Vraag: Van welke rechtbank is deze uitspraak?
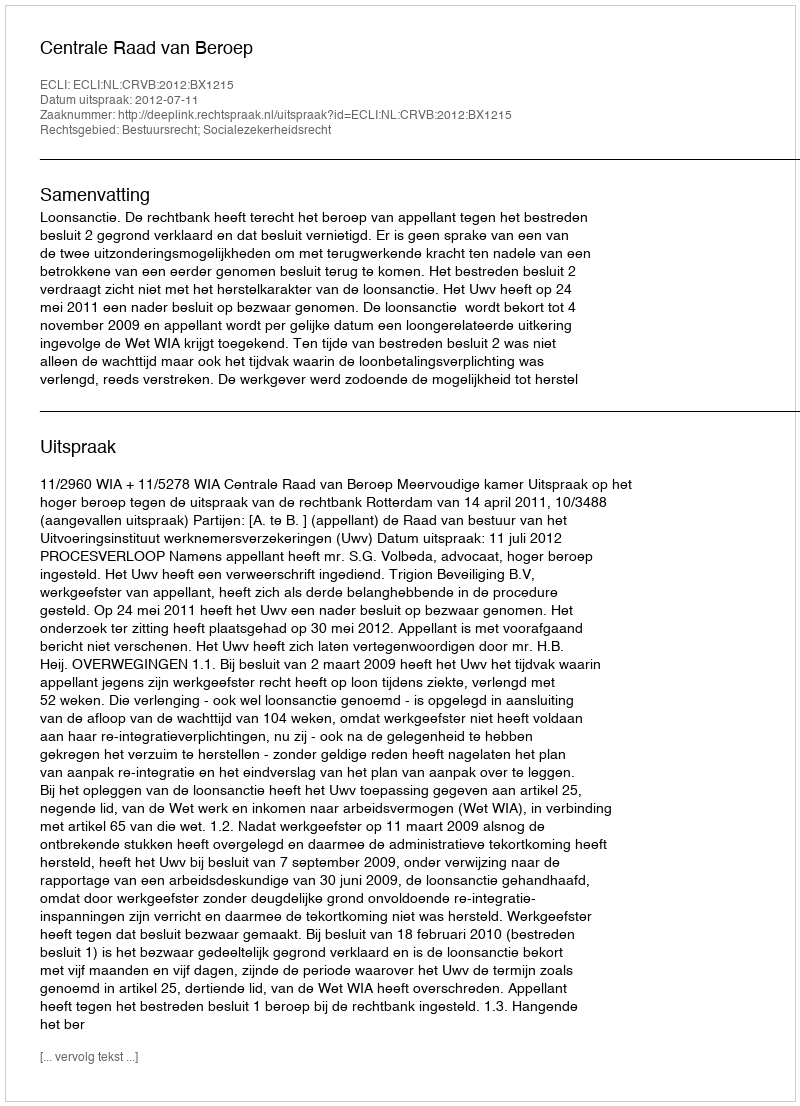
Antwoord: Centrale Raad van Beroep